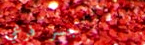
جسر فرعي